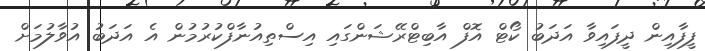
ފީފާއިން ދީފައިވާ އަދަބު ކޯޓް އޮފް އާބިޓްރޭޝަންގައި އިސްތިއުނާފްކުރުމުން އެ އަދަބު އުވާލުމަށް